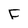
Character: F